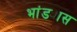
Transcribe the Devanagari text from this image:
भांड्यास